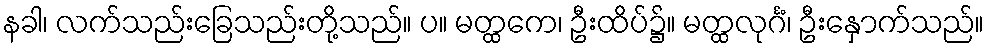
နခါ၊ လက်သည်းခြေသည်းတို့သည်။ ပ။ မတ္ထကေ၊ ဦးထိပ်၌။ မတ္ထလုင်္ဂံ၊ ဦးနှောက်သည်။